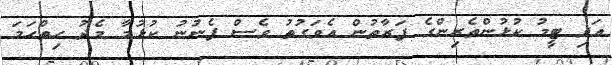
އަދި ޓީމު ކުޅުންތެރިންގެ ފަރާތުން އެވަގުތު ވެސް ފެނުނު ކުޅުމާ މެދު ހިތްހަމަ